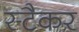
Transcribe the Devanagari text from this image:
स्टैकर